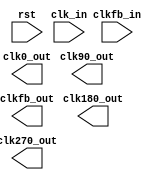
module dcm_pll
  (
   input  rst,          // reset
   input  clk_in,       // clock in
   input  clkfb_in,     // feedback clock in
   output clk0_out,     // clock out
   output clk90_out,    // clock out, 90 degree phase shift
   output clk180_out,   // clock out, 180 degree phase shift
   output clk270_out,   // clock out, 270 degree phase shift
   output clkfb_out     // feedback clock out
   );

`ifdef XILINX
   wire clk_in_ibufg;
   wire clk0_bufg, clk90_bufg, clk180_bufg, clk270_bufg;
   // DCM with internal feedback
   DCM #(
      .CLKDV_DIVIDE(2.0),
      .CLKFX_DIVIDE(1),
      .CLKFX_MULTIPLY(4),
      .CLKIN_DIVIDE_BY_2("FALSE"), 
      .CLKIN_PERIOD(8.0),
      .CLKOUT_PHASE_SHIFT("NONE"), 
      .CLK_FEEDBACK("1X"), 
      .DESKEW_ADJUST("SYSTEM_SYNCHRONOUS"), 
      .DLL_FREQUENCY_MODE("LOW"), 
      .DUTY_CYCLE_CORRECTION("TRUE"), 
      .PHASE_SHIFT(0), 
      .STARTUP_WAIT("FALSE")) 
   DCM_internal (
      .CLK0(clk0_bufg),
      .CLK180(clk180_bufg),
      .CLK270(clk270_bufg),
      .CLK2X(),
      .CLK2X180(),
      .CLK90(clk90_bufg),
      .CLKDV(),
      .CLKFX(),
      .CLKFX180(),
      .LOCKED(),
      .PSDONE(),
      .STATUS(),
      .CLKFB(clk0_out),
      .CLKIN(clk_in_ibufg),
      .DSSEN(),
      .PSCLK(),
      .PSEN(),
      .PSINCDEC(),
      .RST(rst)
   );
   // DCM with external feedback
   DCM #(
      .CLKDV_DIVIDE(2.0),
      .CLKFX_DIVIDE(1),
      .CLKFX_MULTIPLY(4),
      .CLKIN_DIVIDE_BY_2("FALSE"), 
      .CLKIN_PERIOD(8.0),
      .CLKOUT_PHASE_SHIFT("NONE"), 
      .CLK_FEEDBACK("1X"), 
      .DESKEW_ADJUST("SYSTEM_SYNCHRONOUS"), 
      .DLL_FREQUENCY_MODE("LOW"), 
      .DUTY_CYCLE_CORRECTION("TRUE"), 
      .PHASE_SHIFT(0), 
      .STARTUP_WAIT("FALSE")) 
   DCM_external (
      .CLK0(clkfb_bufg),
      .CLK180(),
      .CLK270(),
      .CLK2X(),
      .CLK2X180(),
      .CLK90(),
      .CLKDV(),
      .CLKFX(),
      .CLKFX180(),
      .LOCKED(),
      .PSDONE(),
      .STATUS(),
      .CLKFB(clkfb_ibufg),
      .CLKIN(clk_in_ibufg),
      .DSSEN(),
      .PSCLK(),
      .PSEN(),
      .PSINCDEC(),
      .RST(rst)
   );

   // Input buffer on DCM clock source
   IBUFG IBUFG_clk (
     .I(clk_in),
     .O(clk_in_ibufg));

   // Global buffers on DCM generated clocks
   BUFG BUFG_0 (
     .I(clk0_bufg),
     .O(clk0_out));
   BUFG BUFG_90 (
     .I(clk90_bufg),
     .O(clk90_out));
   BUFG BUFG_180 (
     .I(clk180_bufg),
     .O(clk180_out));
   BUFG BUFG_270 (
     .I(clk270_bufg),
     .O(clk270_out));

   // External feedback to DCM
   IBUFG IBUFG_clkfb (
     .I(clkfb_in),
     .O(clkfb_ibufg));
   OBUF OBUF_clkfb (
     .I(clkfb_bufg),
     .O(clkfb_out));
`endif   // XILINX


`ifdef ALTERA
   wire [9:0] sub_wire0;
   wire [0:0] sub_wire8 = 1'h0;
   wire [3:3] sub_wire4 = sub_wire0[3:3];
   wire [2:2] sub_wire3 = sub_wire0[2:2];
   wire [1:1] sub_wire2 = sub_wire0[1:1];
   wire [0:0] sub_wire1 = sub_wire0[0:0];
   wire       sub_wire6 = clk_in;
   wire [1:0] sub_wire7 = {sub_wire8, sub_wire6};

   assign clk0_out   = sub_wire1;	
   assign clk90_out  = sub_wire2;	
   assign clk180_out = sub_wire3;	
   assign clk270_out = sub_wire4;	

   // PLL with external feedback
   altpll #(
     .bandwidth_type("AUTO"),
     .clk0_divide_by(1),
     .clk0_duty_cycle(50),
     .clk0_multiply_by(1),
     .clk0_phase_shift("0"),
     .clk1_divide_by(1),
     .clk1_duty_cycle(50),
     .clk1_multiply_by(1),
     .clk1_phase_shift("1250"),
     .clk2_divide_by(1),
     .clk2_duty_cycle(50),
     .clk2_multiply_by(1),
     .clk2_phase_shift("2500"),
     .clk3_divide_by(1),
     .clk3_duty_cycle(50),
     .clk3_multiply_by(1),
     .clk3_phase_shift("3750"),
     .compensate_clock("CLK0"),
     .inclk0_input_frequency(5000),
     .intended_device_family("Stratix III"),
     .lpm_hint("UNUSED"),
     .lpm_type("altpll"),
     .operation_mode("NORMAL"),
//   .operation_mode("SOURCE_SYNCHRONOUS"),
     .pll_type("AUTO"),
     .port_activeclock("PORT_UNUSED"),
     .port_areset("PORT_USED"),
     .port_clkbad0("PORT_UNUSED"),
     .port_clkbad1("PORT_UNUSED"),
     .port_clkloss("PORT_UNUSED"),
     .port_clkswitch("PORT_UNUSED"),
     .port_configupdate("PORT_UNUSED"),
     .port_fbin("PORT_USED"),
     .port_fbout("PORT_USED"),
     .port_inclk0("PORT_USED"),
     .port_inclk1("PORT_UNUSED"),
     .port_locked("PORT_UNUSED"),
     .port_pfdena("PORT_UNUSED"),
     .port_phasecounterselect("PORT_UNUSED"),
     .port_phasedone("PORT_UNUSED"),
     .port_phasestep("PORT_UNUSED"),
     .port_phaseupdown("PORT_UNUSED"),
     .port_pllena("PORT_UNUSED"),
     .port_scanaclr("PORT_UNUSED"),
     .port_scanclk("PORT_UNUSED"),
     .port_scanclkena("PORT_UNUSED"),
     .port_scandata("PORT_UNUSED"),
     .port_scandataout("PORT_UNUSED"),
     .port_scandone("PORT_UNUSED"),
     .port_scanread("PORT_UNUSED"),
     .port_scanwrite("PORT_UNUSED"),
     .port_clk0("PORT_USED"),
     .port_clk1("PORT_USED"),
     .port_clk2("PORT_USED"),
     .port_clk3("PORT_USED"),
     .port_clk4("PORT_UNUSED"),
     .port_clk5("PORT_UNUSED"),
     .port_clk6("PORT_UNUSED"),
     .port_clk7("PORT_UNUSED"),
     .port_clk8("PORT_UNUSED"),
     .port_clk9("PORT_UNUSED"),
     .port_clkena0("PORT_UNUSED"),
     .port_clkena1("PORT_UNUSED"),
     .port_clkena2("PORT_UNUSED"),
     .port_clkena3("PORT_UNUSED"),
     .port_clkena4("PORT_UNUSED"),
     .port_clkena5("PORT_UNUSED"),
     .using_fbmimicbidir_port("OFF"),
     .width_clock(10))
   altpll_internal (
     .fbin (),//(clkfb_in),
     .inclk (sub_wire7),
     .areset (rst),
     .clk (sub_wire0),
     .fbout (),//(clkfb_out),
     .activeclock (),
     .clkbad (),
     .clkena ({6{1'b1}}),
     .clkloss (),
     .clkswitch (1'b0),
     .configupdate (1'b0),
     .enable0 (),
     .enable1 (),
     .extclk (),
     .extclkena ({4{1'b1}}),
     .fbmimicbidir (),
     .locked (),
     .pfdena (1'b1),
     .phasecounterselect ({4{1'b1}}),
     .phasedone (),
     .phasestep (1'b1),
     .phaseupdown (1'b1),
     .pllena (1'b1),
     .scanaclr (1'b0),
     .scanclk (1'b0),
     .scanclkena (1'b1),
     .scandata (1'b0),
     .scandataout (),
     .scandone (),
     .scanread (1'b0),
     .scanwrite (1'b0),
     .sclkout0 (),
     .sclkout1 (),
     .vcooverrange (),
     .vcounderrange ()
   );
`endif   // ALTERA

//`ifdef GENERIC_PRIMITIVES
//`endif   // GENERIC_PRIMITIVES


endmodule